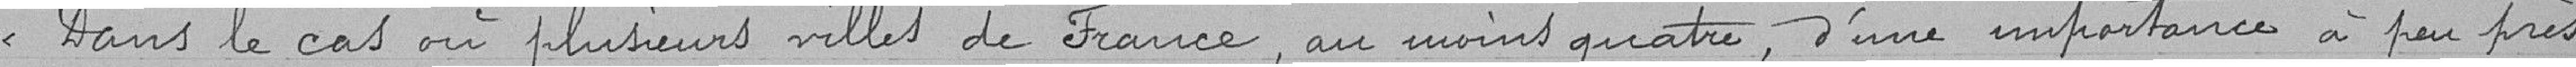
"Dans le cas où plusieurs villes de France, au moins quatre, d'une importance à peu près